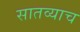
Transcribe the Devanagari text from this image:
सातव्याच